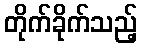
တိုက်ခိုက်သည့်